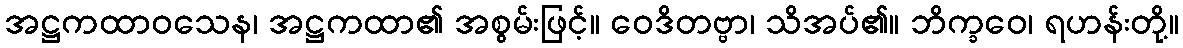
အဋ္ဌကထာဝသေန၊ အဋ္ဌကထာ၏ အစွမ်းဖြင့်။ ဝေဒိတဗ္ဗာ၊ သိအပ်၏။ ဘိက္ခဝေ၊ ရဟန်းတို့။